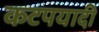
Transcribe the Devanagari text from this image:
कटपयादी